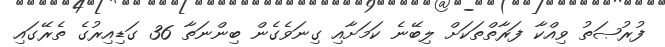
ފުރުޞަތު ވިއްކާ ފަރާތްތަކަށް ލިބޭނެ ކަމަށާއި ގިނަވެގެން ބިންނަތާ 36 ގަޑިއިރުގެ ތެރޭގައި